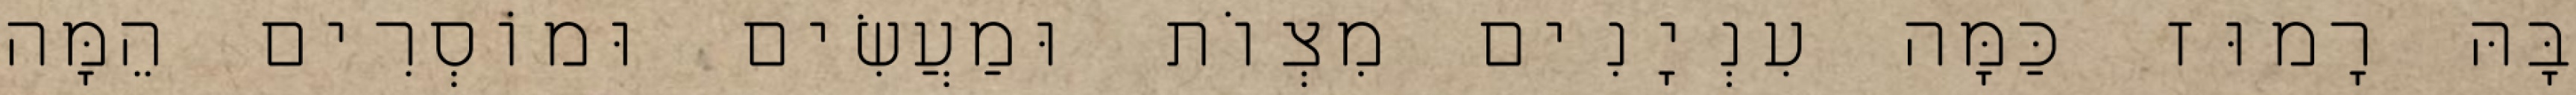
בָּהּ רָמוּז כַּמָּה עִנְיָנִים מִצְוֹת וּמַעֲשִׂים וּמוֹסְרִים הֵמָּה